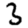
Digit: 3